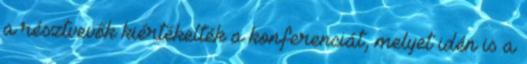
a résztvevők kiértékelték a konferenciát, melyet idén is a